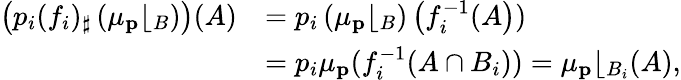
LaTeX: \begin{array}{rl}{\left(p_{i}({f_{i}})_{\sharp}\left(\mu_{\mathbf{p}}\lfloor_{B}\right)\right)(A)}&{=p_{i}\left(\mu_{\mathbf{p}}\lfloor_{B}\right)\left(f_{i}^{-1}(A\right))}\\ &{=p_{i}\mu_{\mathbf{p}}(f_{i}^{-1}(A\cap B_{i}))=\mu_{\mathbf{p}}\lfloor_{B_{i}}(A),}\end{array}